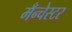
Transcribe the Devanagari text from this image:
मँन्चेस्टर